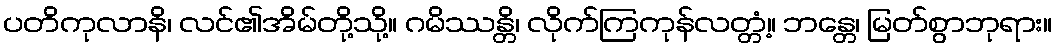
ပတိကုလာနိ၊ လင်၏အိမ်တို့သို့။ ဂမိဿန္တိ၊ လိုက်ကြကုန်လတ္တံ့။ ဘန္တေ၊ မြတ်စွာဘုရား။